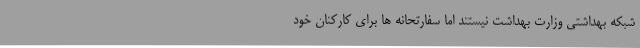
شبکه بهداشتی وزارت بهداشت نیستند اما سفارتحانه ها برای کارکنان خود